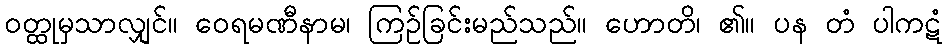
ဝတ္ထုမှသာလျှင်။ ဝေရမဏီနာမ၊ ကြဉ်ခြင်းမည်သည်။ ဟောတိ၊ ၏။ ပန တံ ပါကဋံ